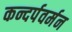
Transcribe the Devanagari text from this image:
कन्दर्पवर्मन